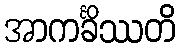
အာကင်္ခိဿတိ